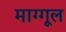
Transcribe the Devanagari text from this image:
माग्गूल